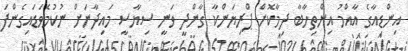
އިންޑިއާގެ އާއްމު އިންތިހާބާ ދިމާކޮށް ޕްރިޔަންކާ ގާންދީ ވަނީ ސިޔާސީ މައިދާނަށް ނުކުމެވަޑައިގެންފަ